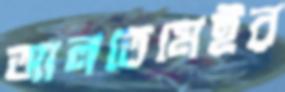
আলতেমেইর